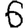
Digit: 6